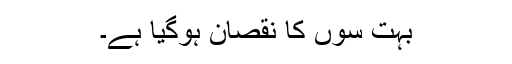
بہت سوں کا نقصان ہوگیا ہے۔